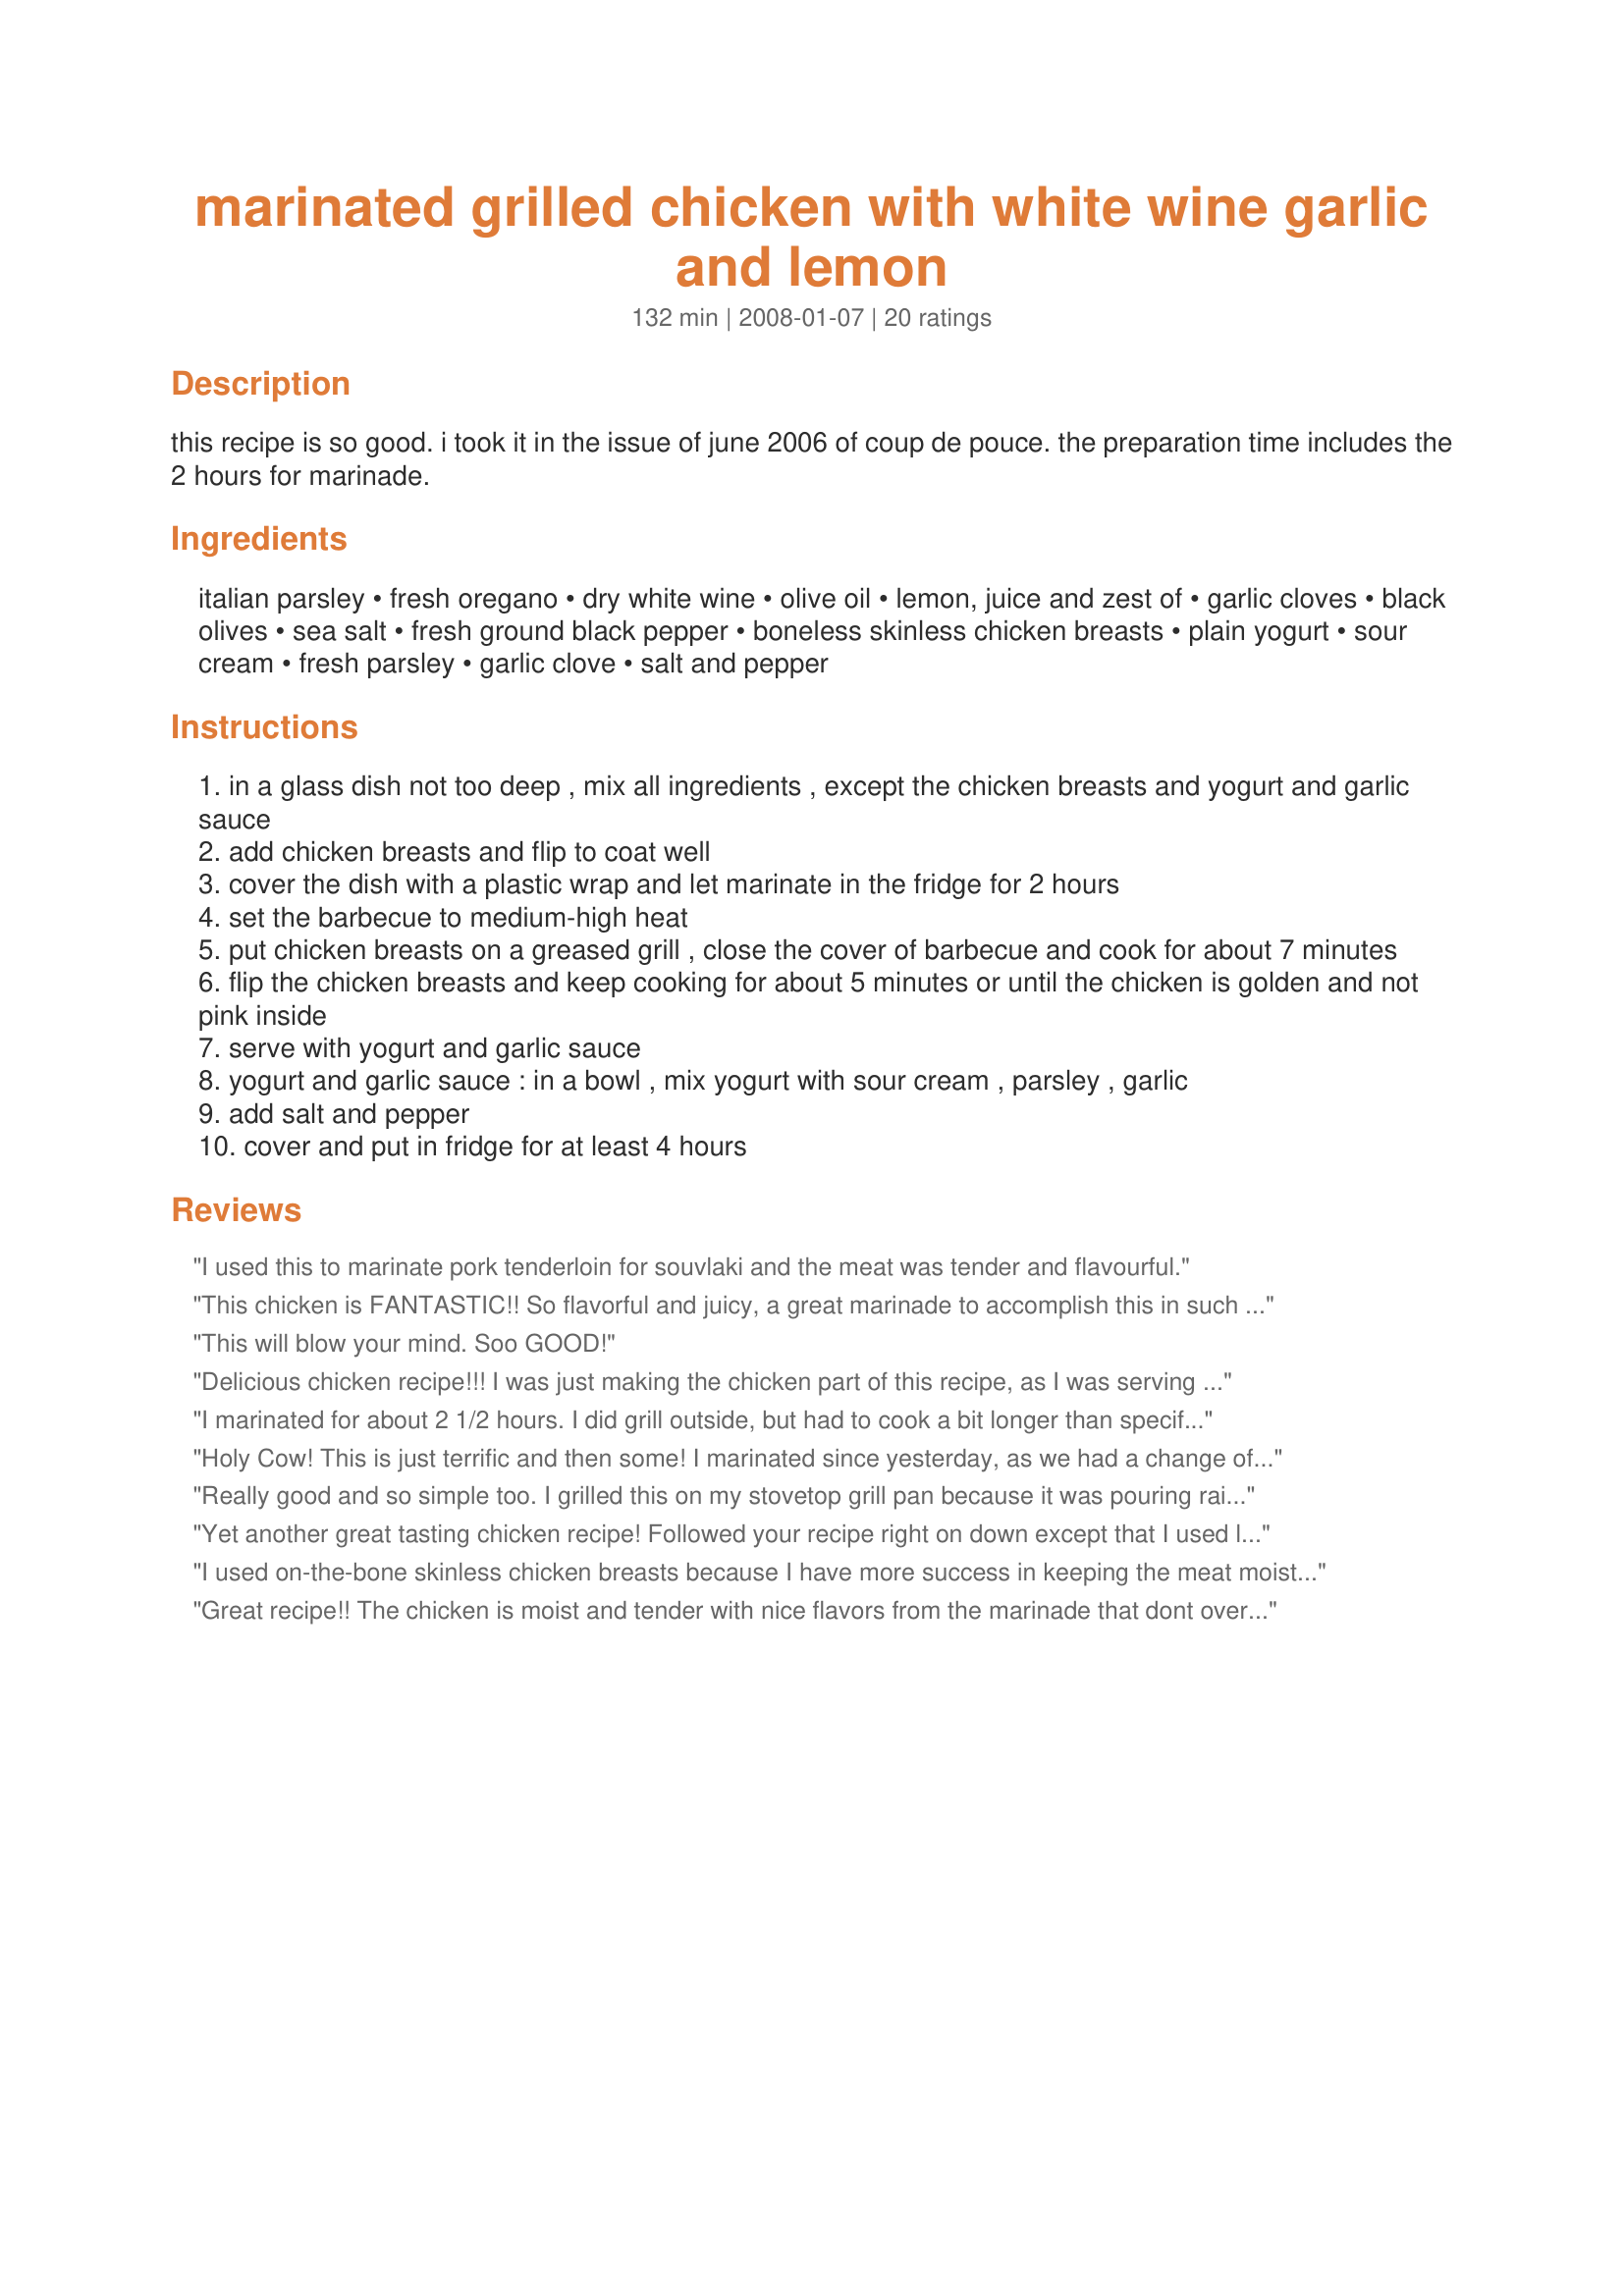
marinated grilled chicken with white wine garlic and lemon
Preparation time: 132 minutes

this recipe is so good. i took it in the issue of june 2006 of coup de pouce. the preparation time includes the 2 hours for marinade.

Ingredients:
italian parsley, fresh oregano, dry white wine, olive oil, lemon, juice and zest of, garlic cloves, black olives, sea salt, fresh ground black pepper, boneless skinless chicken breasts, plain yogurt, sour cream, fresh parsley, garlic clove, salt and pepper

Steps:
in a glass dish not too deep , mix all ingredients , except the chicken breasts and yogurt and garlic sauce
add chicken breasts and flip to coat well
cover the dish with a plastic wrap and let marinate in the fridge for 2 hours
set the barbecue to medium-high heat
put chicken breasts on a greased grill , close the cover of barbecue and cook for about 7 minutes
flip the chicken breasts and keep cooking for about 5 minutes or until the chicken is golden and not pink inside
serve with yogurt and garlic sauce
yogurt and garlic sauce : in a bowl , mix yogurt with sour cream , parsley , garlic
add salt and pepper
cover and put in fridge for at least 4 hours

Reviews:
I used this to marinate pork tenderloin for souvlaki and the meat was tender and flavourful.
This chicken is FANTASTIC!! So flavorful and juicy, a great marinade to accomplish this in such a short amount of time. The weather was not good for grilling so sauteed the chicken in a skillet, adding some of the marinade each time I turned it, about 30 minutes total. The sauce is perfect with this, lovely with all the herby flavors of the chicken. This is a keeper - thanks for sharing!
This will blow your mind. Soo GOOD!
Delicious chicken recipe!!! I was just making the chicken part of this recipe, as I was serving it with pasta. This is very light and fresh tasting chicken and with the added grilling flavor was perfect. Made for Holiday Tag. Thanks for sharing your recipe.
I marinated for about 2 1/2 hours. I did grill outside, but had to cook a bit longer than specified. My chicken breast was pretty large, and it was raining outside. But rain is no barrier for me cooking on the grill! :) The garlic sauce is just awesome! I have some left over, and plan on using it on a sandwich with some of the leftover chicken. This chicken was so juicy and moist....even when I grilled boneless skinless breasts! I'll enjoy this recipe again. Thanks for sharing....made for Best of 2011 tag.
Holy Cow! This is just terrific and then some! I marinated since yesterday, as we had a change of dinner plans, and the chick-chick almost fell of the bone right onto the floor. I used bone-in-chicken breasts, with skin! Oh it was as juicy as a waterfall in the Spring time! Loved the marinade, and the great sauce that was perfect sitting on top of the chicken. I used my roaster in the oven since it was literally raining "cat's & dog's" today, (grilling it first on my grill pan) then finishing in the oven, set on 375 degrees for 30 minutes. Made for *Everyday is a Holiday* April 2010
Really good and so simple too. I grilled this on my stovetop grill pan because it was pouring rain outside. The sauce is simple and good. Thanks Boomette for sharing this yummy recipe. Made for Best of 2011 Tag.
Yet another great tasting chicken recipe! Followed your recipe right on down except that I used lemon pepper instead of the S&P! We particularly enjoyed the sauce! A great way to do chicken, your recipe is a definite keeper! [Tagged, made & reviewed in Every Day Is a Holiday tag]
I used on-the-bone skinless chicken breasts because I have more success in keeping the meat moist when I BBQ, but otherwise followed the recipe as written. Thanks to the invictus who suggested marinating in a zip lock bag.
Great recipe!! The chicken is moist and tender with nice flavors from the marinade that dont overwhelm. I used the yogurt sauce from another ZWT recipe I made last night and just added the sour cream. Definitely will make this again! Made and reviewed for ZWT 4.
excellent dish!!
This was so good! I placed all of the marinade ingredients into a ziplock bag to reduce clean up and I do not have a grill so I broiled the breasts. They came out beautifully.
We just loved everything about this recipe! My family loves lemony things so I knew this would be a big hit.
Very good chicken marinade. I added just a bit of crushed red pepper to it - otherwise left it as written. The chicken was juicy and flavorful and the sauce was a simple but perfect accompaniment. Thanks, 
Boomette!
Delicious and easy to make! First, I pounded five skinless chicken thighs to about 1/2" thickness. Marinated for approximately five hours (using a local pinot gris I might add!) then grilled in our Lodge cast iron grill pan on the stove top. The olives were not added to the marinade but rather used to garnish the dish along with lemon slices and fresh Italian parsley from the farmers' market. Total grilling time about 11 minutes. Served with saffron pilaf and steamed vegetables-broccoli, cauliflower and carrots. Thank you! Highly recommend!
This was wonderful, I loved the sauce. I made this for our pastor, as a meal he could pop in the oven during this busy time of the year, it was a huge hit.
This made a very good meal tonight for us, one that didn't involve heating the kitchen. Yay! I cut my breasts into strips (to be used in a sandwich later) and let it marinate over night. The garlic sauce on the side makes it extra good. (oops I forgot to photo It) We had it with Recipe #26384 and some pita bread (also good with sauce). Thanks for an easy fix meal, Boomie! Made for my Babes for ZWT4.
This was real good. Made as directed, and cooked on our cast iron grill frying pan. The sauce really compliments the chicken well.
We prepped this dish not knowing if we would have power during the second time we had a "Once in Ten Years" storm in three days. Therefore definitely weren't 'grilling' outside. Instead we sauteed the chicken in the marinade for around 20 minutes turning occasionally to cook through. We served with a mix of mashed pumpkin/potato and green beans with the reduced marinade as a gravy over the veg. We actually didn't manage to make the garlic sauce either, will try that next time too. We may try in the Aussie summer on our BBQ next time :) Still delicious though, thank you Boomette.
LOVED IT! Boomette, this chicken is moist and flavorful, perfect seasonings. I served it for Father's Day and everyone loved it. Made for ZWT, please see my rating system as I rate tougher than most.
